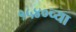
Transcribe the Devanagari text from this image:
१५४०च्या